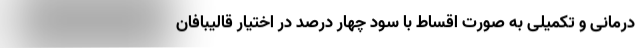
درمانی و تکمیلی به صورت اقساط با سود چهار درصد در اختیار قالیبافان